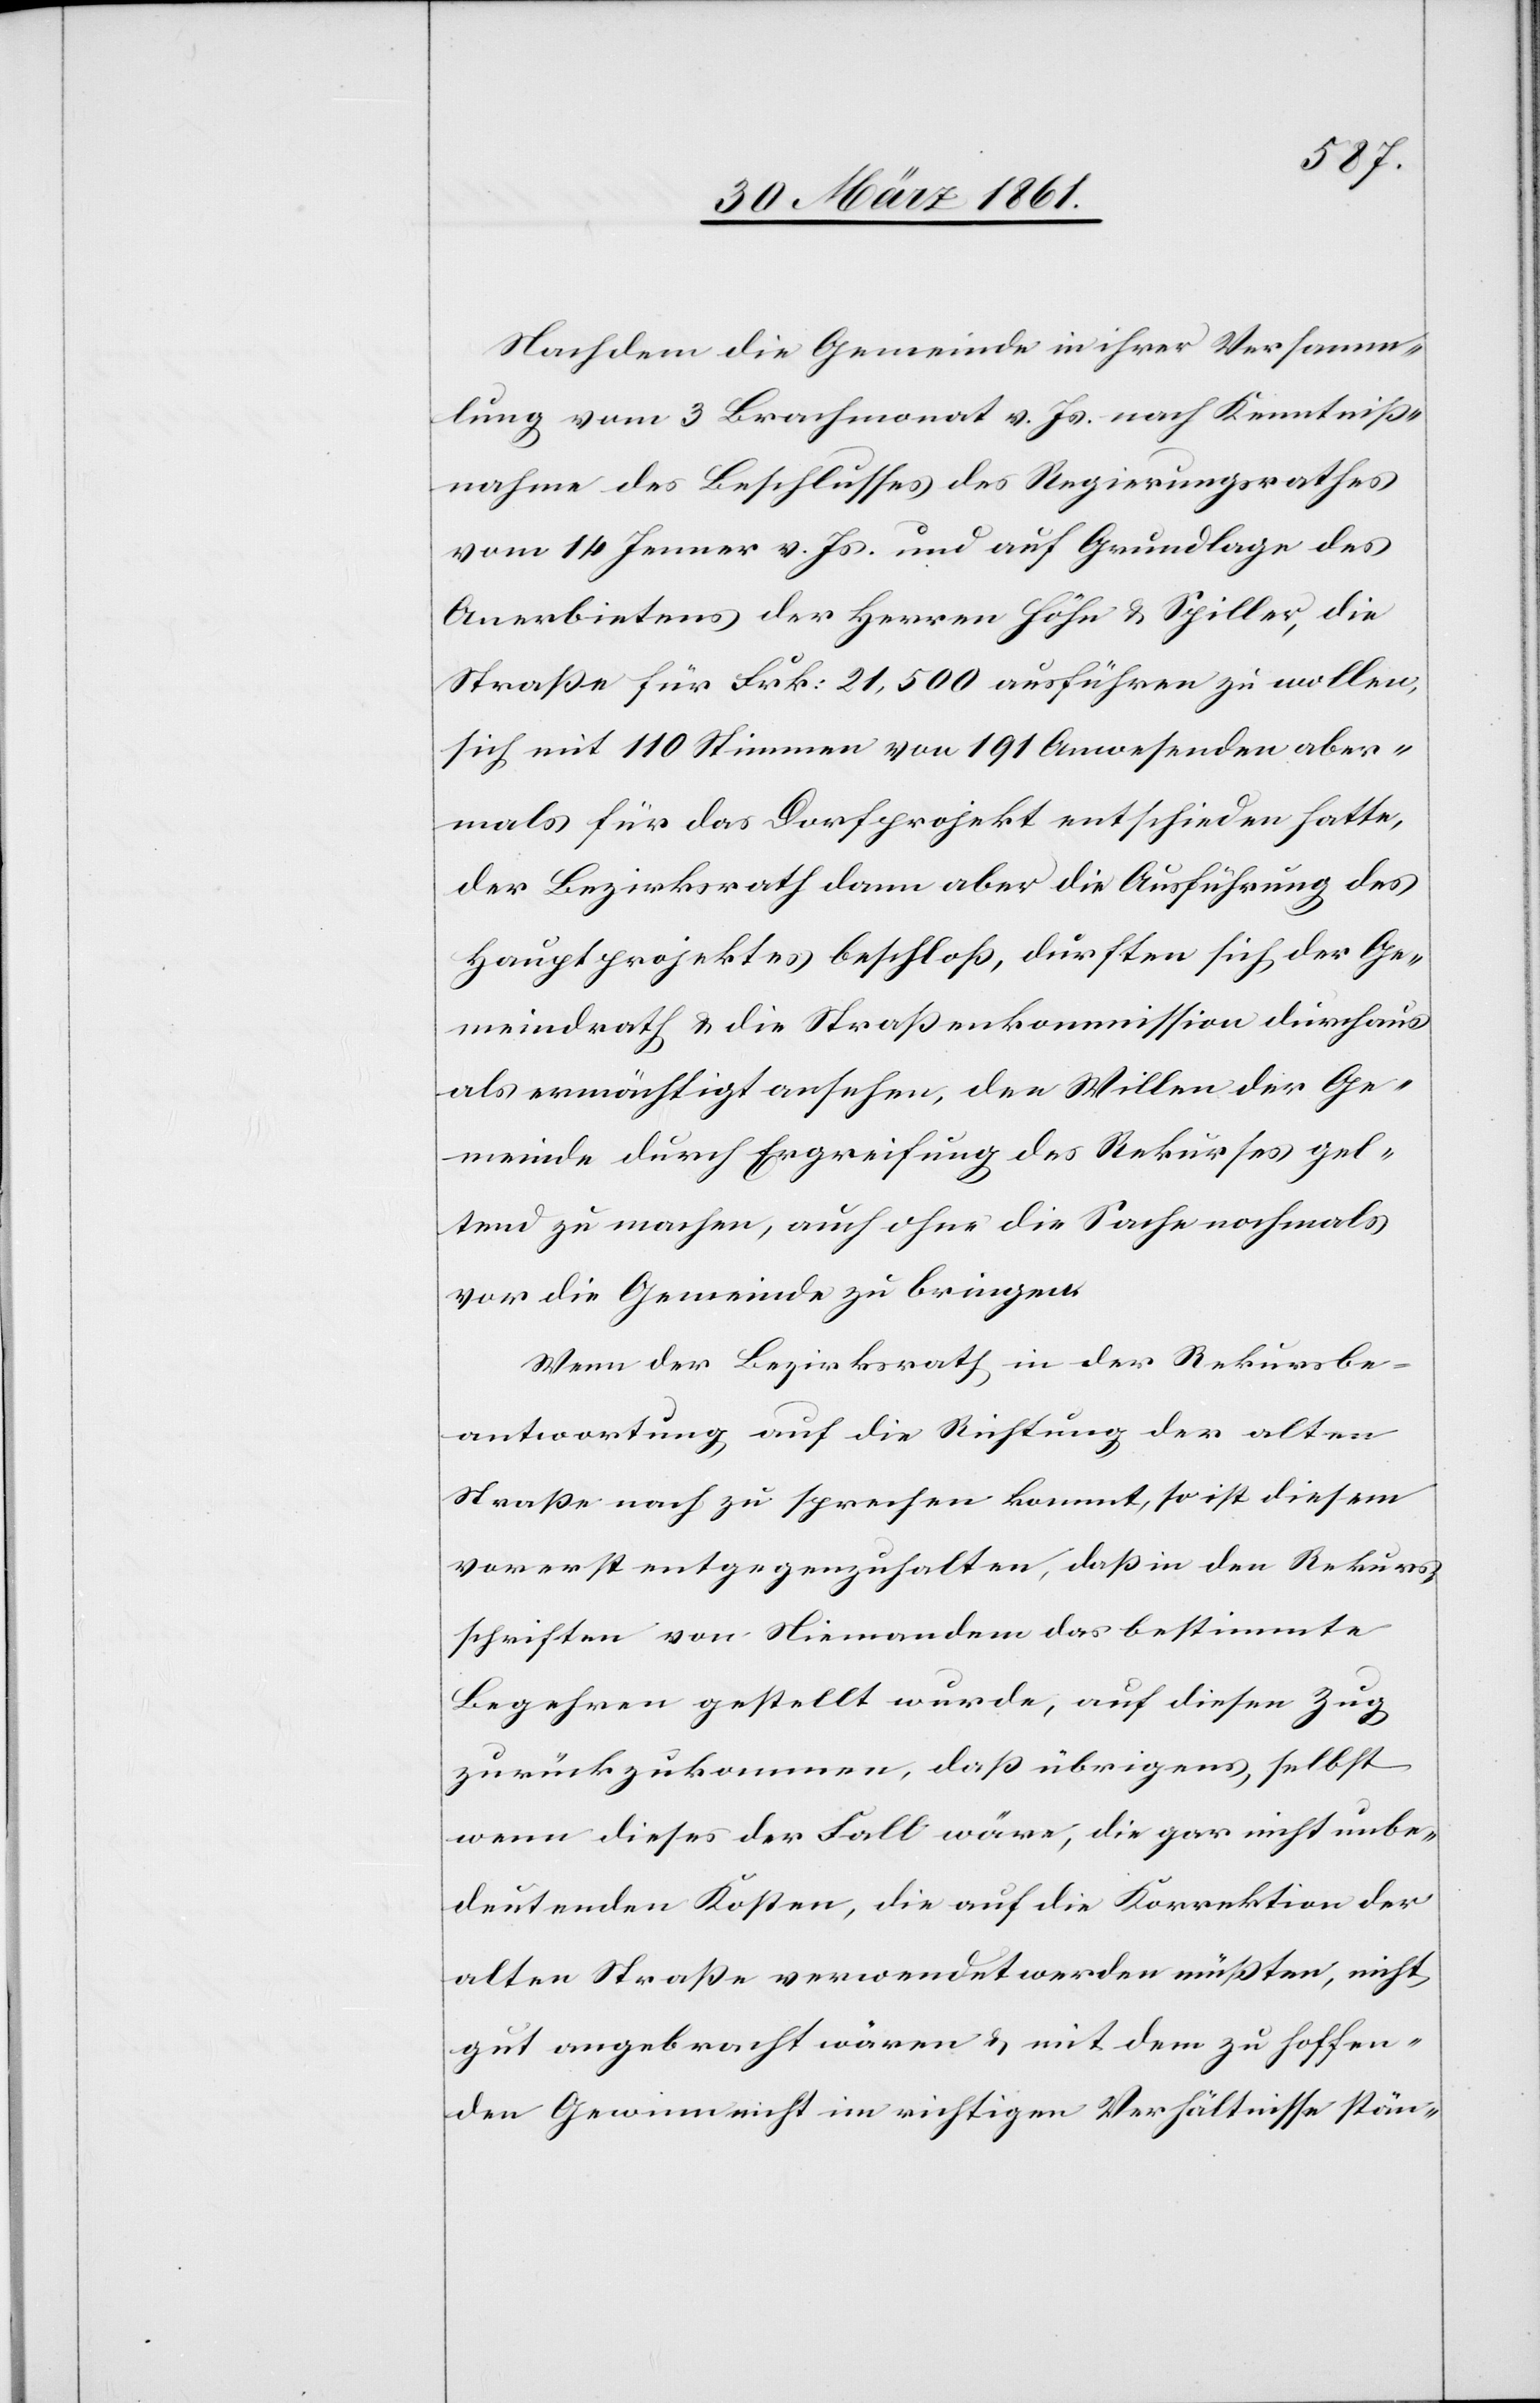
Nachdem die Gemeinde in ihrer Versamm¬
lung vom 3. Brachmonat v. Js. nach Kenntniß¬
nahme des Beschlusses des Regierungsrathes
vom 14. Jenner v. Js. und auf Grundlage des
Anerbietens der Herren Höhn u. Spiller, die
Straße für Frk: 21,500 ausführen zu wollen,
sich mit 110 Stimmen von 191 Anwesenden aber¬
mals für das Dorfprojekt entschieden hatte,
der Bezirksrath dann aber die Ausführung des
Hauptprojektes beschloß, dürften sich der Ge¬
meindrath u. die Straßenkommission durchaus
als ermächtigt ansehen, den Willen der Ge¬
meinde durch Ergreifung des Rekurses gel¬
tend zu machen, auch ohne die Sache nochmals
vor die Gemeinde zu bringen.
Wenn der Bezirksrath in der Rekursbe¬
antwortung auf die Richtung der alten
Straße noch zu sprechen kommt, so ist diesem
vorerst entgegenzuhalten, daß in den Rekurs¬
schriften von Niemandem das bestimmte
Begehren gestellt wurde, auf diesen Zug
zurückzukommen, daß übrigens, selbst
wenn dieses der Fall wäre, die gar nicht unbe¬
deutenden Kosten, die auf die Korrektion der
alten Straße verwendet werden müßten, nicht
gut angebracht wären u. mit dem zu hoffen¬
den Gewinn nicht im richtigen Verhältnisse stän-